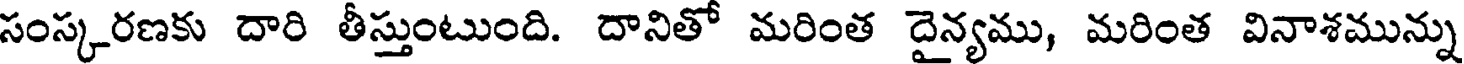
సంస్కరణకు దారి తీస్తుంటుంది. దానితో మరింత దైన్యము, మరింత వినాశమున్ను